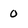
Character: 0